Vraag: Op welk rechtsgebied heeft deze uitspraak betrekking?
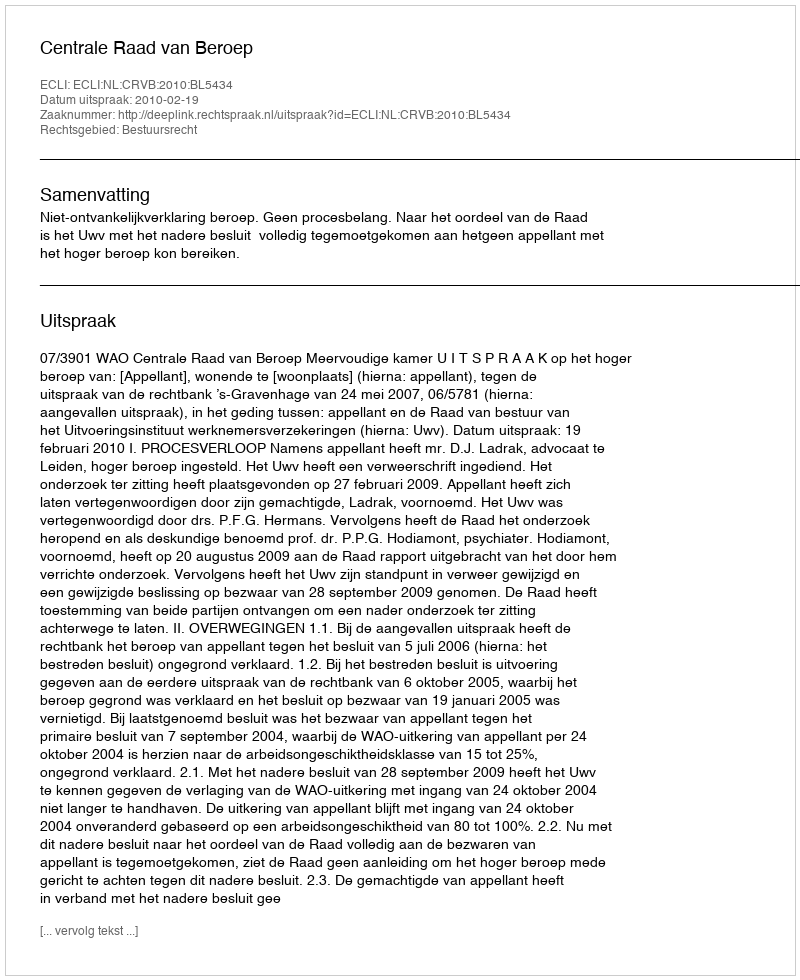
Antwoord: Bestuursrecht